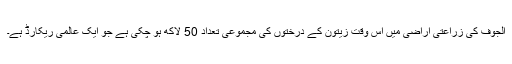
الجوف کی زراعتی اراضی میں اس وقت زیتون کے درختوں کی مجموعی تعداد 50 لاکھ ہو چکی ہے جو ایک عالمی ریکارڈ ہے۔